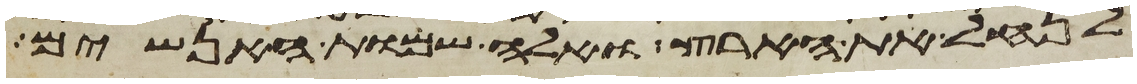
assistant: לנחל את הארץ ואלה שמות האנשים